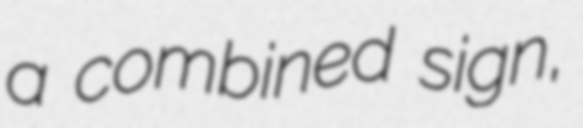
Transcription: a combined sign,